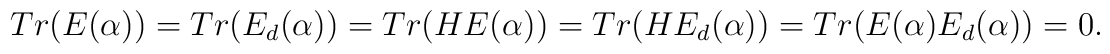
Tr(E(\alpha))=Tr(E_{d}(\alpha))=Tr(HE(\alpha))=Tr(HE_{d}(\alpha))=Tr(E(\alpha)E_{d}(\alpha))=0.